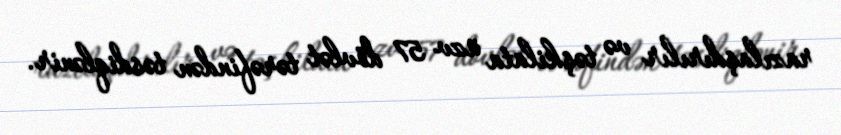
razılaşdırılır və təşkilata üzv 57 dövlət tərəfindən təsdiqlənir.